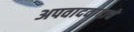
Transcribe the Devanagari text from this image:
अपवादवादाचे